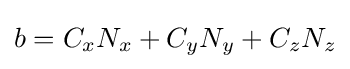
b=C_{x}N_{x}+C_{y}N_{y}+C_{z}N_{z}